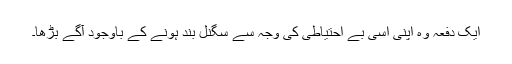
ایک دفعہ وہ اپنی اسی بے احتیاطی کی وجہ سے سگنل بند ہونے کے باوجود آگے بڑھا۔